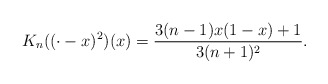
\begin{align*}K_n ((\cdot - x)^2)(x) = \frac{3 (n-1)x(1-x) + 1}{3(n+1)^2}.\end{align*}